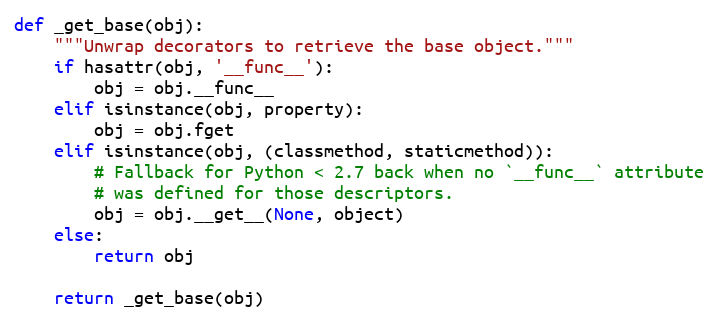
Language: Python
def _get_base(obj):
    """Unwrap decorators to retrieve the base object."""
    if hasattr(obj, '__func__'):
        obj = obj.__func__
    elif isinstance(obj, property):
        obj = obj.fget
    elif isinstance(obj, (classmethod, staticmethod)):
        # Fallback for Python < 2.7 back when no `__func__` attribute
        # was defined for those descriptors.
        obj = obj.__get__(None, object)
    else:
        return obj

    return _get_base(obj)